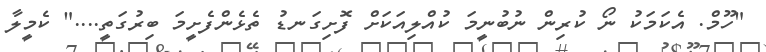
"ހޫމް. އެކަމަކު ނޯ ކުރިން ނުބުނީމަ ކުއްލިއަކަށް ފޮށިގަނޑު ތެޅެންފެށީމަ ބިރުގަތީ...." ކެމީލާ